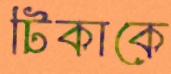
টিকাকে